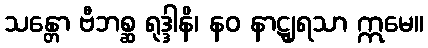
သန္တော ဗီဘစ္ဆ ရုဒ္ဒါနိ၊ နဝ နာဋျရသာ ဣမေ။